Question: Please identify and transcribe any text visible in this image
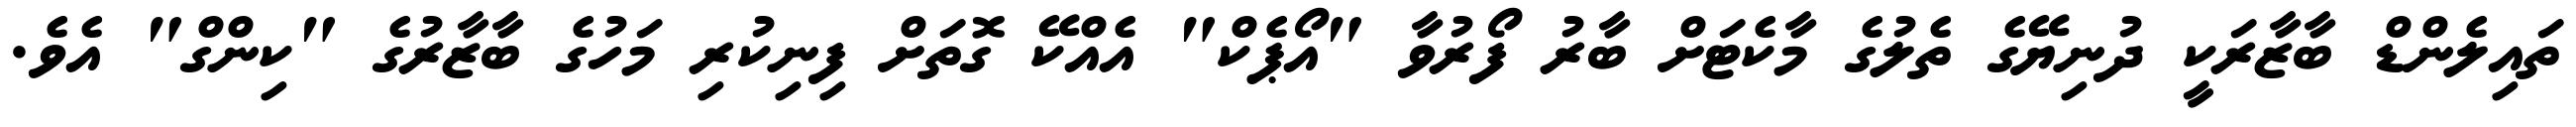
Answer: ތައިލެންޑް ބާޒާރަކީ ދުނިޔޭގެ ތެލުގެ މާކެޓަށް ބާރު ފޯރުވާ "އޯޕެކް" އެއްކޭ ގޮތަށް ފިނިކުރި މަހުގެ ބާޒާރުގެ "ކިންގް" އެވެ.